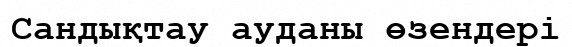
Сандықтау ауданы өзендері